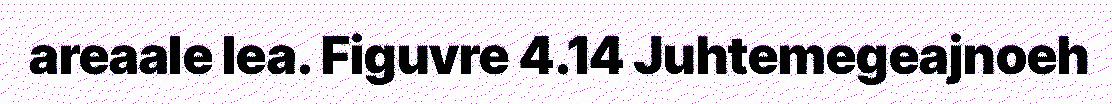
areaale lea. Figuvre 4.14 Juhtemegeajnoeh